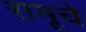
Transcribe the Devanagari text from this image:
रामूचे